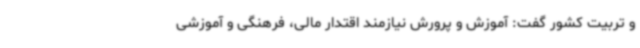
و تربیت کشور گفت: آموزش و پرورش نیازمند اقتدار مالی، فرهنگی و آموزشی